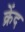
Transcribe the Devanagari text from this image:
क्रेंद